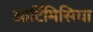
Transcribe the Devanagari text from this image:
आर्टिमिसिया